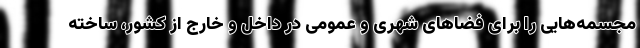
مجسمه‌هایی را برای فضاهای شهری و عمومی در داخل و خارج از کشور، ساخته